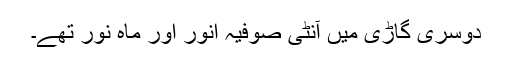
دوسری گاڑی میں آنٹی صوفیہ انور اور ماہ نور تھے۔